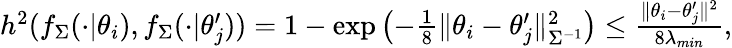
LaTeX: \begin{array}{r}{h^{2}(f_{\Sigma}(\cdot|\theta_{i}),f_{\Sigma}(\cdot|\theta_{j}^{\prime}))=1-\exp\left(-\frac{1}{8}\| \theta_{i}-\theta_{j}^{\prime}\| _{\Sigma^{-1}}^{2}\right)\leq\frac{\| \theta_{i}-\theta_{j}^{\prime}\| ^{2}}{8\lambda_{min}},}\end{array}